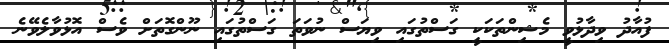
ފުއާދު ވިދާޅުވީ މެޝިންތަކަކީ ގަސްތުގައި ވިޔަސް ނުވަތަ ގަސްތުގައި ނޫންގޮތަށް ވެސް އޮޅުވާލެވޭނެ